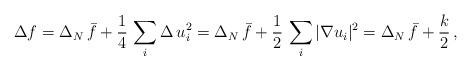
LaTeX: \begin{align*}\Delta f = \Delta_N \, \bar{f} + \frac{1}{4} \, \sum_i \Delta \, u_i^2 = \Delta_N \, \bar{f} + \frac{1}{2} \, \sum_i |\nabla u_i|^2 = \Delta_N \, \bar{f} + \frac{k}{2} \, ,\end{align*}